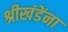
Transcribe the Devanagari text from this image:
श्रीखंडेंना